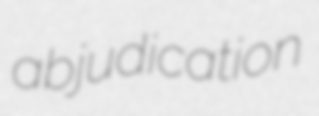
abjudication